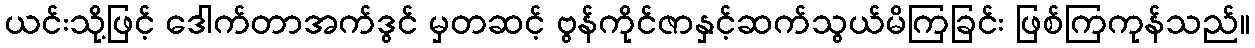
ယင်းသို့ဖြင့် ဒေါက်တာအက်ဒွင် မှတဆင့် ဗွန်ကိုင်ဇာနှင့်ဆက်သွယ်မိကြခြင်း ဖြစ်ကြကုန်သည်။